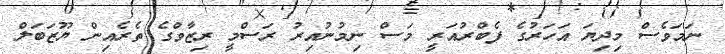
ނަމަވެސް މިދިޔަ އަހަރުގެ ފެބްރުއަރީ މަސް ނިމުނުއިރު ރަސްމީ ރިޒާވްގެ ތެރެއިން ޔޫޒަބަލް